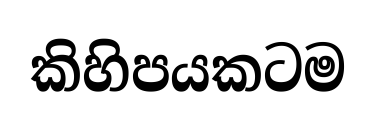
කිහිපයකටම